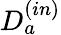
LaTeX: D_{a}^{(in)}